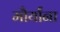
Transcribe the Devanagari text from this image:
मौर्यांना